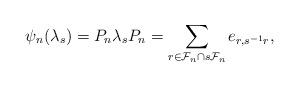
LaTeX: \begin{align*} \psi_n(\lambda_s)=P_n\lambda_s P_n=\sum_{r\in \mathcal{F}_n\cap s\mathcal{F}_n} e_{r,s^{-1}r}, \end{align*}